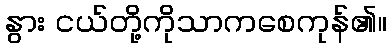
နွား ငယ်တို့ကိုသာကစေကုန်၏။